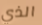
الذي